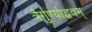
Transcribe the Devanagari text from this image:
त्रैगुण्योद्भवम्